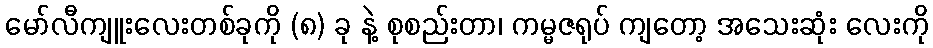
မော်လီကျူးလေးတစ်ခုကို (၈) ခု နဲ့ စုစည်းတာ၊ ကမ္မဇရုပ် ကျတော့ အသေးဆုံး လေးကို